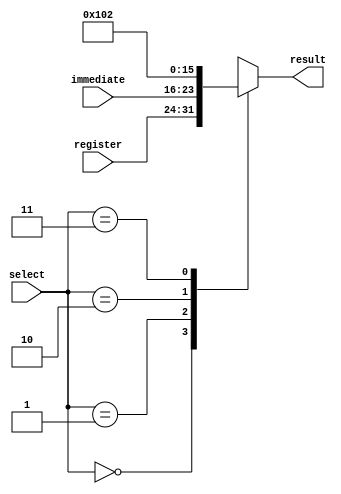
module op2_mux (input [1:0] select, input [7:0] register, immediate,
				output reg [7:0] result);
				
always @(*)
begin
	case (select)
		2'b00: begin
			result <= register;
		end
		2'b01: begin
			result <= immediate;
		end
		2'b10: begin
			result <= 8'b0001;
		end
		2'b11: begin
			result <= 8'b0010;
		end
	
	endcase
	
end

endmodule